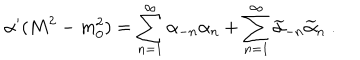
\alpha ^ { \prime } ( M ^ { 2 } - m _ { 0 } ^ { 2 } ) = \sum _ { n = 1 } ^ { \infty } \alpha _ { - n } \alpha _ { n } + \sum _ { n = 1 } ^ { \infty } \widetilde { \alpha } _ { - n } \widetilde { \alpha } _ { n } \ .